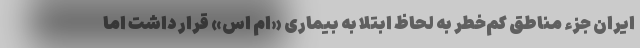
ایران جزء مناطق کم‌خطر به لحاظ ابتلا به بیماری «ام اس» قرار داشت اما